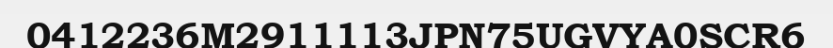
0412236M2911113JPN75UGVYA0SCR6